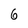
Character: 6